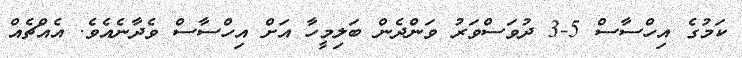
ކަމުގެ އިހްސާސް 5-3 ދުވަސްވަރު ވަންދެން ބަލިމީހާ އަށް އިހްސާސް ވެދާނެއެވެ. އެއްޗެއް